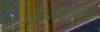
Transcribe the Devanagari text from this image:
अभिसाधकों